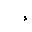
Letter: _hamza